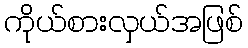
ကိုယ်စားလှယ်အဖြစ်